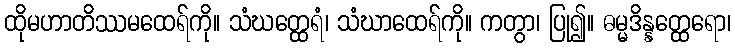
ထိုမဟာတိဿမထေရ်ကို။ သံဃတ္ထေရံ၊ သံဃာထေရ်ကို။ ကတွာ၊ ပြု၍။ ဓမ္မဒိန္နတ္ထေရော၊